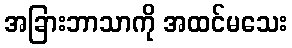
အခြားဘာသာကို အထင်မသေး